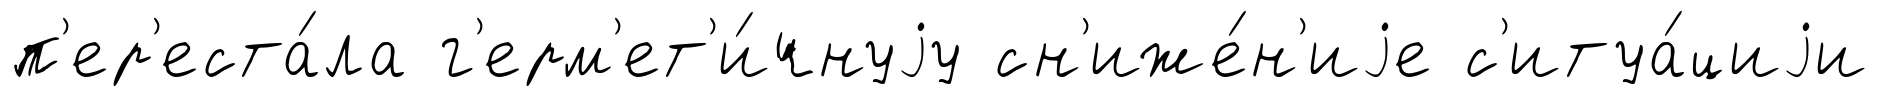
п'ер'еста́ла г'ерм'ет'и́чнуjу сн'иже́н'иjе с'итуа́циjи